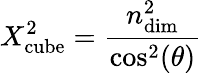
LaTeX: X_{\mathrm{cube}}^{2}=\frac{n_{\mathrm{dim}}^{2}}{\cos^{2}(\theta)}